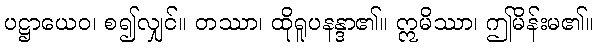
ပဋ္ဌာယေဝ၊ စ၍လျှင်။ တဿာ၊ ထိုရူပနန္ဒာ၏။ ဣမိဿာ၊ ဤမိန်းမ၏။